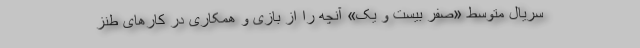
سریال متوسط «صفر بیست و یک» آنچه را از بازی و همکاری در کارهای طنز